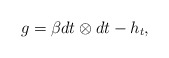
\begin{align*}g = \beta dt\otimes dt -h_t,\end{align*}